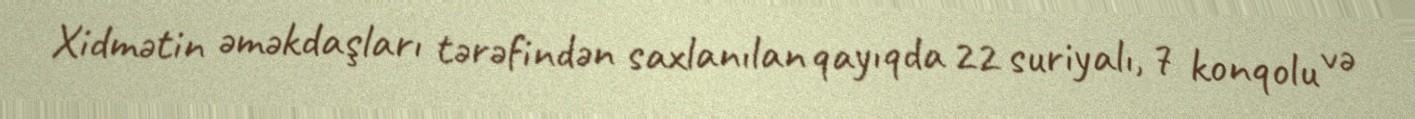
Xidmətin əməkdaşları tərəfindən saxlanılan qayıqda 22 suriyalı, 7 konqolu və